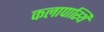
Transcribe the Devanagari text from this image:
कलापास्थि